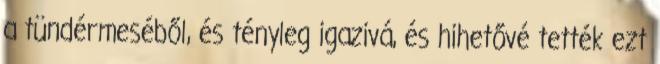
a tündérmeséből, és tényleg igazivá, és hihetővé tették ezt